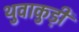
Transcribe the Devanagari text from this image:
थुवाकुड़ी